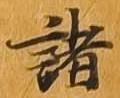
諸